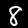
Label: 8